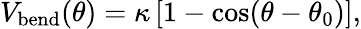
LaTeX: V_{\mathrm{bend}}(\theta)=\kappa\left[1-\cos(\theta-\theta_{0})\right],